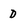
Character: d